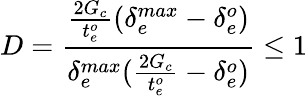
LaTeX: D=\frac{\frac{2G_{c}}{t_{e}^{o}}(\delta_{e}^{max}-\delta_{e}^{o})}{\delta_{e}^{max}(\frac{2G_{c}}{t_{e}^{o}}-\delta_{e}^{o})}\leq 1